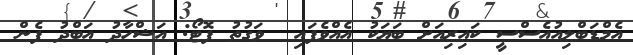
އެމްޑަބްލިއުއެސްސީ ކައިރިއަށް ބަޔަކު އެއްވެފައި  ވަގުތު ފޮޓޯ: އަޝްހާދު އަބްދު ފެން